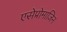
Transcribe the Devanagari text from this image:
एसेप्रोमाजिन